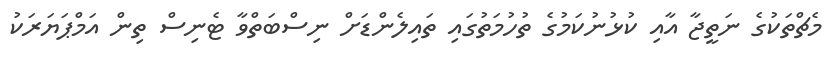
މެޗްތަކުގެ ނަތީޖާ އާއި ކުޅުނުކަމުގެ ތުހުމަތުގައި ތައިލެންޑަށް ނިސްބަތްވާ ޓެނިސް ތިން އަމްޕަޔަރަކު